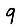
Digit: 9